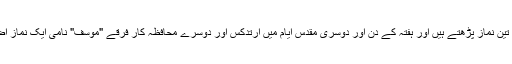
عموما یہودی ہر روز تین نماز پڑھتے ہیں اور ہفتہ کے دن اور دوسری مقدس ایام میں ارتدکس اور دوسرے محافظہ کار فرقے "موسف" نامی ایک نماز اضافی بھی پڑھتے ہیں۔